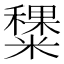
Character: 䊬